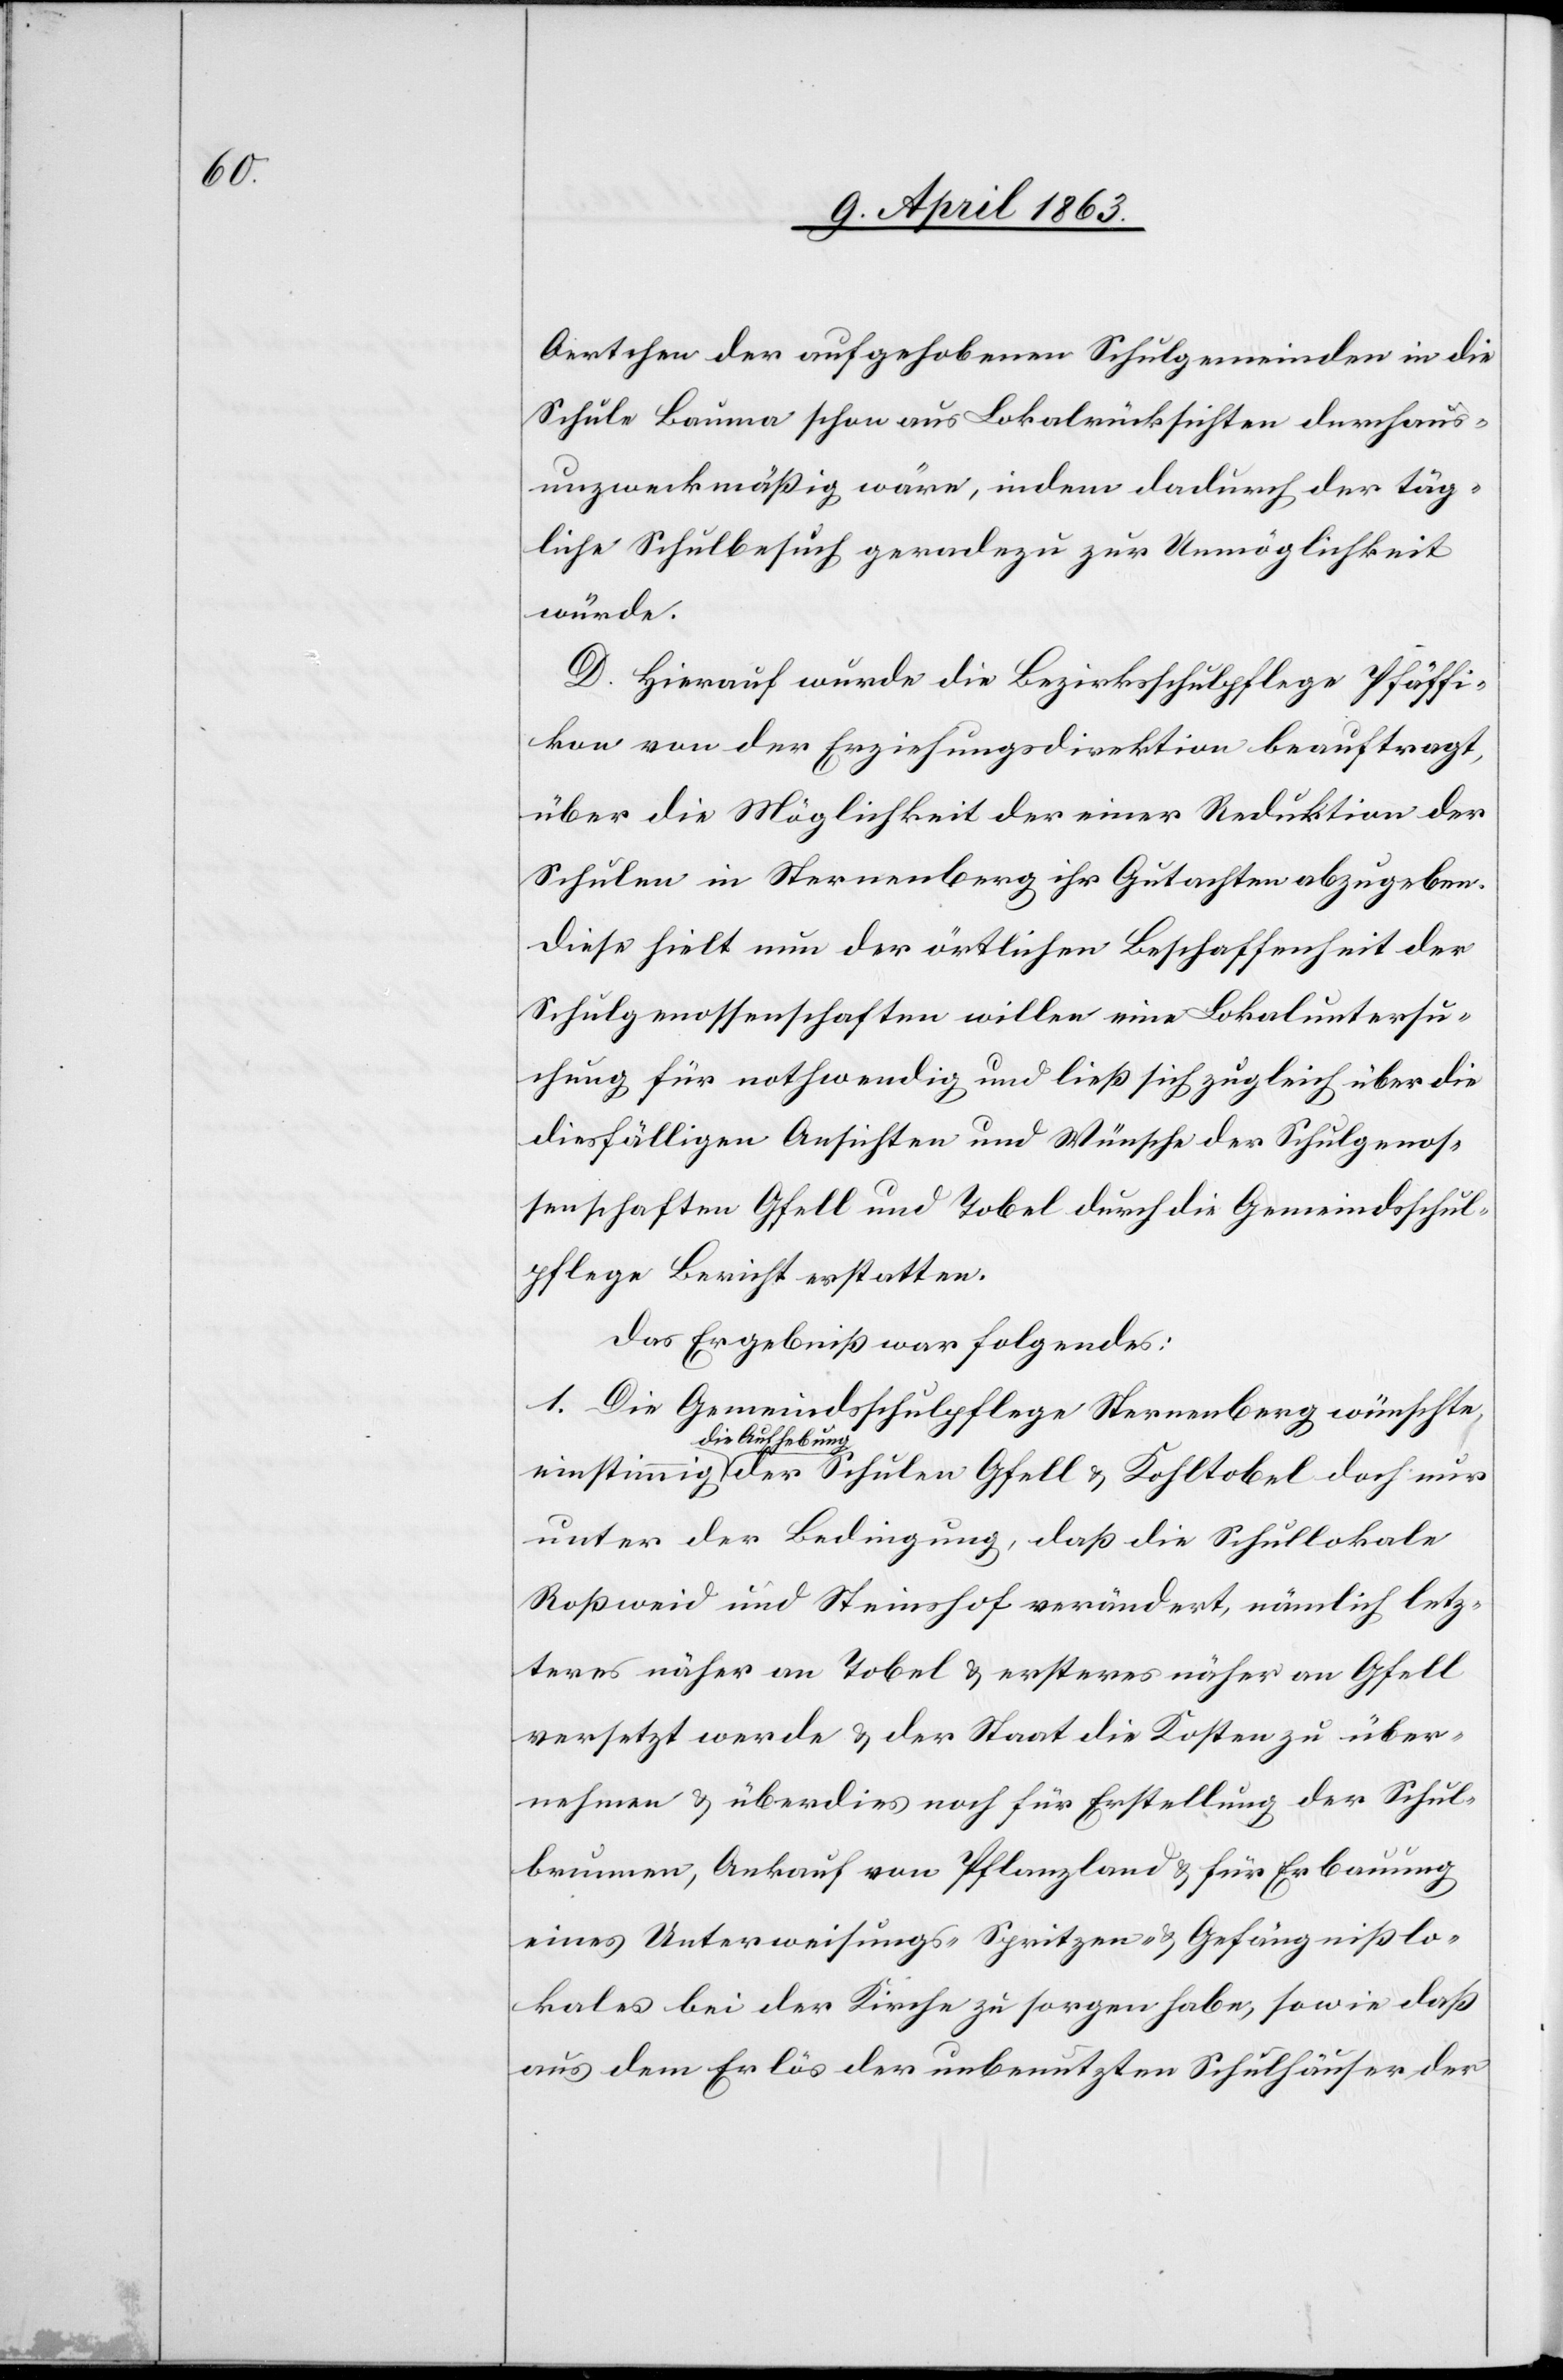
gnißlo¬

Oertchen der aufgehobenen Schulgemeinden in die
Schule Bauma schon aus Lokalrücksichten durchaus¬
unzweckmäßig [sic!] wäre, indem dadurch der täg¬
liche Schulbesuch geradezu zur Unmöglichkeit
würde.
D. Hierauf wurde die Bezirksschulpflege Pfäffi¬
kon von der Erziehungsdirektion beauftragt,
über die Möglichkeit der einer [sic!] Reduktion der
Schulen in Sternenberg ihr Gutachten abzugeben.
Diese hielt nun der örtlichen Beschaffenheit der
Schulgenossenschaften willen eine Lokaluntersu¬
chung für nothwendig und ließ sich zugleich über die
diesfälligen Ansichten und Wünsche der Schulgenos¬
senschaften Gfell und Tobel durch die Gemeindsschul¬
pflege Bericht erstatten.
Das Ergebniß war folgendes:
1. Die Gemeindsschulpflege Sternenberg wünschte
a-die Aufhebung-a
unter der Bedingung, daß die Schullokale
Roßweid und Steinshof verändert, nämlich letz¬
teres näher an Tobel & ersteres näher an Gfell
versetzt werde & der Staat die Kosten zu über¬
nehmen & überdies von Pflanzland & für Erbauung eines Unterwei¬
kales bei der Kirche zu sorgen habe, sowie daß
aus dem Erlös der unbenutzten Schulhäuser der